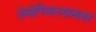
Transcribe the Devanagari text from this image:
तेनोच्तित्लानला